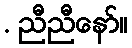
. ညီညီနော်။